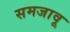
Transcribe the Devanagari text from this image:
समजावू